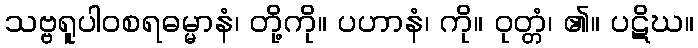
သဗ္ဗရူပါဝစရဓမ္မာနံ၊ တို့ကို။ ပဟာနံ၊ ကို။ ဝုတ္တံ၊ ၏။ ပဋိဃ။